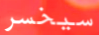
سيخسر